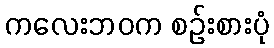
ကလေးဘဝက စဉ်းစားပုံ